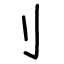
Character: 刂